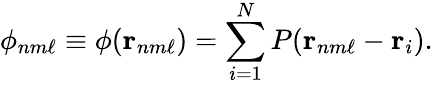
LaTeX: \phi_{nm\ell}\equiv\phi(\mathbf{r}_{nm\ell})=\sum_{i=1}^{N}P(\mathbf{r}_{nm\ell}-\mathbf{r}_{i}).